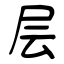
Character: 层